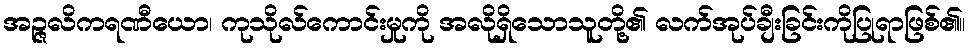
အဉ္ဇလိကရဏီယော၊ ကုသိုလ်ကောင်းမှုကို အလိုရှိသောသူတို့၏ လက်အုပ်ချီးခြင်းကိုပြုရာဖြစ်၏။